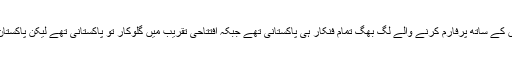
اختتامی تقریب میں علی ظفر اور دیگر فنکاروں کے ساتھ پرفارم کرنے والے لگ بھگ تمام فنکار ہی پاکستانی تھے جبکہ افتتاحی تقریب میں گلوکار تو پاکستانی تھے لیکن پاکستان کا کلچر دکھانے والے فنکار غیر ملکی تھی ۔